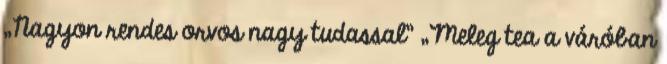
„Nagyon rendes orvos nagy tudassal” „Meleg tea a váróban